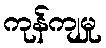
ကုန်ကျမှု